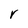
Character: V